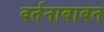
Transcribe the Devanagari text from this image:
वर्तनाबाबत